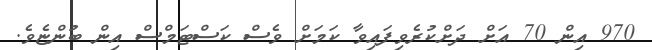
970 އިން 70 އަށް ދަށްކުރެވިފައިވާ ކަމަށް ވެސް ކަސްޓަމްސް އިން ބުންޏެވެ.